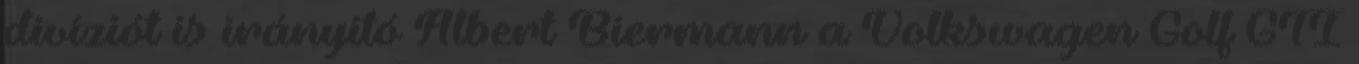
divíziót is irányító Albert Biermann a Volkswagen Golf GTI